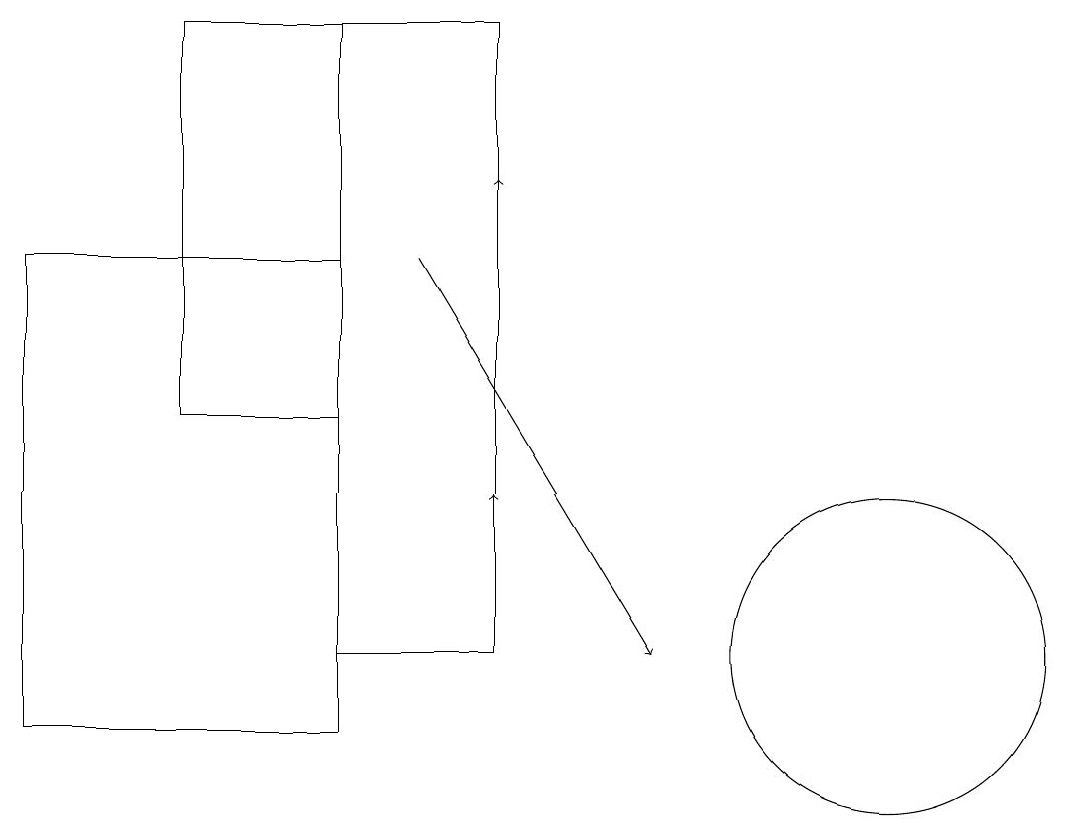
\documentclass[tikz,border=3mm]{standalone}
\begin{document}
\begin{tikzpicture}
\draw (4,14) rectangle (2,19);
\draw (0,16) rectangle (4,10);
\draw (11,11) circle (2);
\draw[->] (6,15) -- (6,17);
\draw[->] (5,16) -- (8,11);
\draw[->] (6,12) -- (6,13);
\draw (6,19) rectangle (4,11);
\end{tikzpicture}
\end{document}